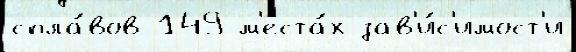
спла́вов 149 м'еста́х зав'и́с'имост'и